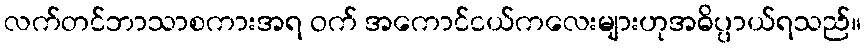
လက်တင်ဘာသာစကားအရ ဝက် အကောင်ငယ်ကလေးများဟုအဓိပ္ပာယ်ရသည်။